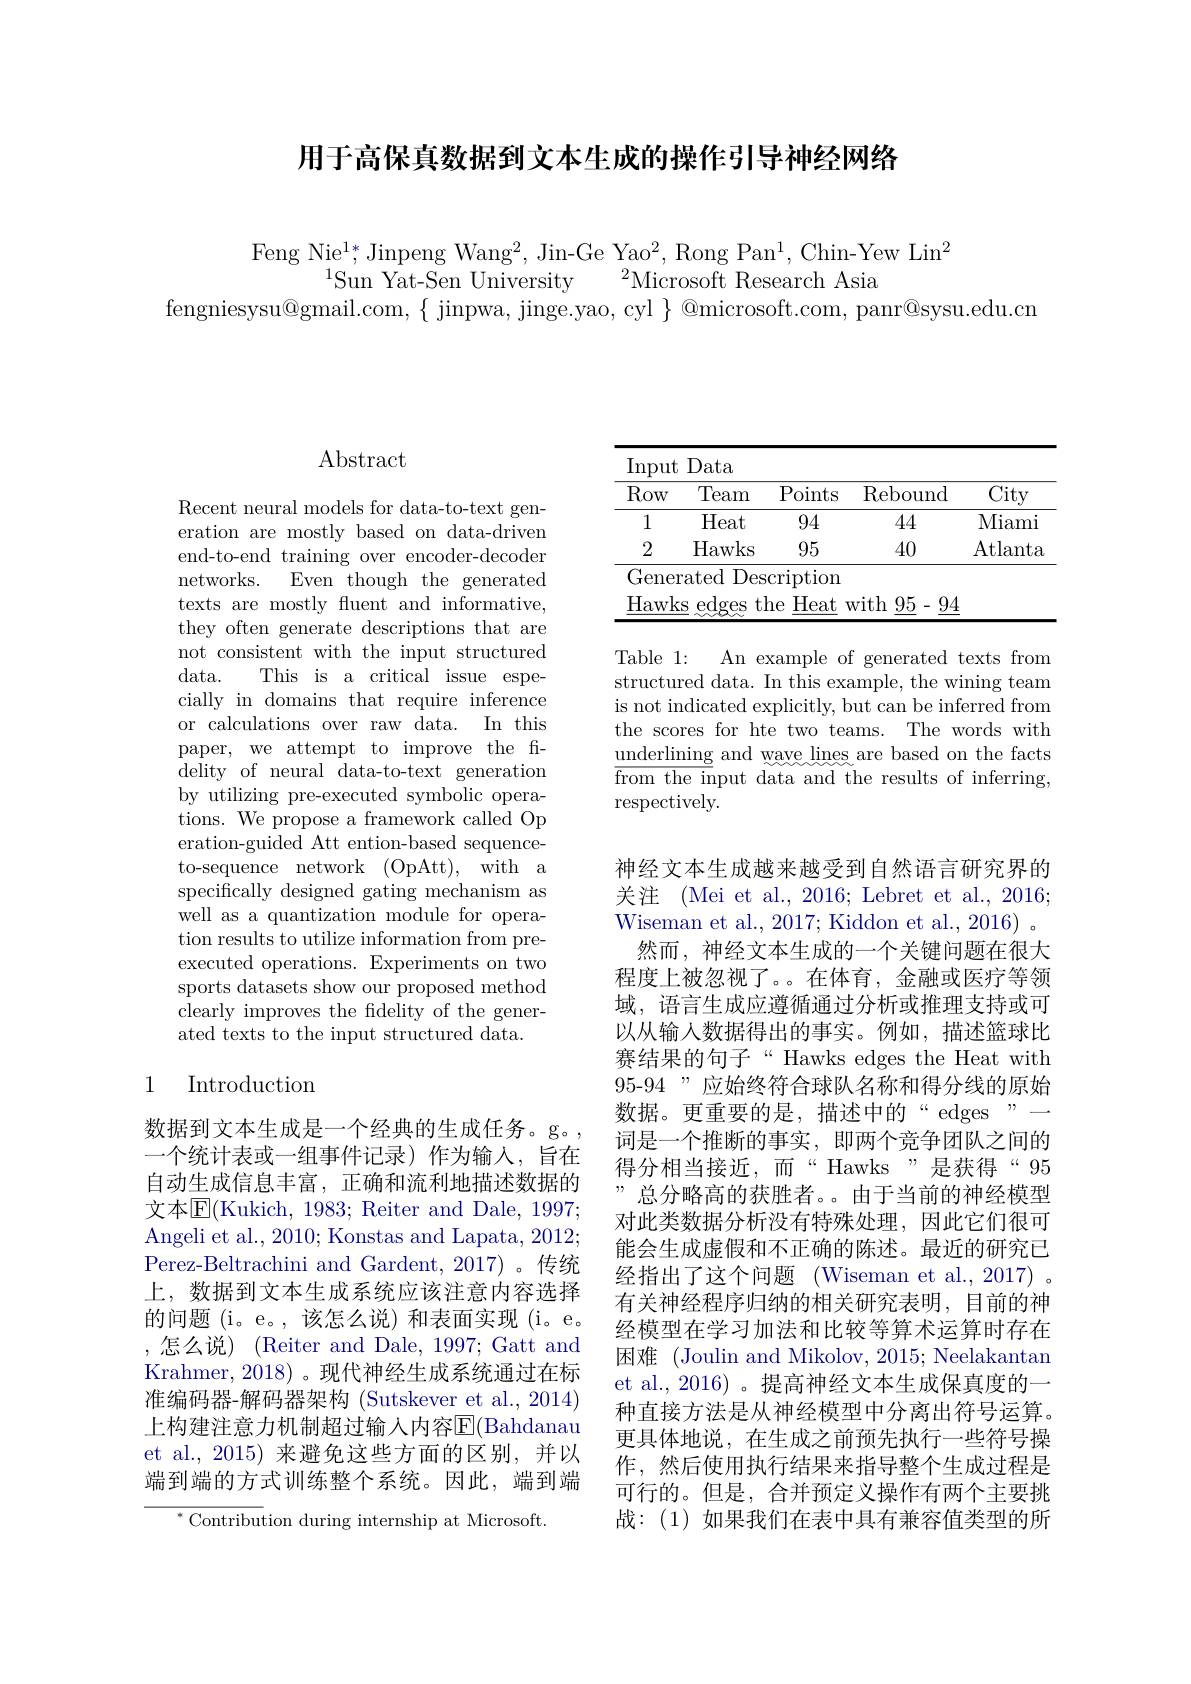
用于高保真数据到文本生成的操作引导神经网络

Feng Nie$^1*$,Jinpeng Wang$^2$,Jin-Ge Yao$^2$,Rong Pan$^1$,Chin-Yew Lin$^2$
$^{1}$Sun Yat-Sen University
$^{2}$Microsoft Research Asia
$fengniesysu@gmail.com,\{~jinpwa,~jinge.yao,~cyl~\}~@microsoft.com,~panr@sysu.edu.cn$

# Abstract

Recent neural models for data-to-text generation are mostly based on data-driven end-to-end training over encoder-decoder networks.
Even though the generated
texts are mostly fluent and informative, they often generate descriptions that are not consistent with the input structured $data.$
This is a critical issue espe-
cially in domains that require inference or calculations over raw data. In this paper, we attempt to improve the fidelity of neural data-to-text generation by utilizing pre-executed symbolic operations. We propose a framework called Op eration-guided Att ention-based sequenceto-sequence network (OpAtt), with a specifically designed gating mechanism as well as a quantization module for operation results to utilize information from preexecuted operations. Experiments on two sports datasets show our proposed method clearly improves the fidelity of the generated texts to the input structured data.

## 1 Introduction

数据到文本生成是一个经典的生成任务。g。一个统计表或一组事件记录)作为输入，旨在自动生成信息丰富，正确和流利地描述数据的文本$\overline{\mathrm{E}}($Kukich, 1983; Reiter and Dale, 1997; Angeli et al., 2010; Konstas and Lapata, 2012; Perez-Beltrachini and Gardent, 2017)。传统上，数据到文本生成系统应该注意内容选择的问题 (i。e。,该怎么说) 和表面实现 (i。e。,怎么说)(Reiter and Dale, 1997; Gatt and Krahmer,2018)。现代神经生成系统通过在标准编码器-解码器架构 (Sutskever et al.,2014) 上构建注意力机制超过输入内容$\overline{\mathrm{E}}($Bahdanau et al.,2015) 来避免这些方面的区别，并以端到端的方式训练整个系统。因此，端到端
${^*\text{Contribut}}$ion during internship at Microsoft.

<table>
	<tbody>
		<tr>
			<th>Row</th>
			<th>Team</th>
			<th>Points</th>
			<th>$\operatorname{Rebound}$</th>
			<th>$\overline{\mathrm{City}}$</th>
		</tr>
		<tr>
			<td>1</td>
			<td>Heat</td>
			<td>94</td>
			<td>44</td>
			<td>Miami</td>
		</tr>
		<tr>
			<td>2</td>
			<td>Hawks</td>
			<td>95</td>
			<td>40</td>
			<td>Atlanta</td>
		</tr>
		<tr>
			<td>Gener</td>
			<td>${\mathrm{ated~Des}}$</td>
			<td>cription</td>
			<td> </td>
			<td> </td>
		</tr>
		<tr>
			<td>Hawks</td>
			<td>edges tl S</td>
			<td>Heat 1e</td>
			<td>with 95- 94</td>
			<td> </td>
		</tr>
	</tbody>
</table>

Table 1: An example of generated texts from structured data. In this example, the wining team is not indicated explicitly, but can be inferred from the scores for hte two teams. The words with $\underline{\text{underlining}}$ and wave lines are based on the facts ${\overline{{\text{from the in}}}}$put data and the results of inferring, respectively.

神经文本生成越来越受到自然语言研究界的关注 (Mei et al., 2016; Lebret et al., 2016; Wiseman et al., 2017; Kiddon et al., 2016) 。
然而，神经文本生成的一个关键问题在很大程度上被忽视了。。在体育，金融或医疗等领域，语言生成应遵循通过分析或推理支持或可以从输入数据得出的事实。例如，描述篮球比赛结果的句子“Hawks edges the Heat with 95-94”应始终符合球队名称和得分线的原始数据。更重要的是，描述中的“edges”一词是一个推断的事实，即两个竞争团队之间的得分相当接近，而“Hawks”是获得“95 ”,总分略高的获胜者。。由于当前的神经模型对此类数据分析没有特殊处理，因此它们很可能会生成虚假和不正确的陈述。最近的研究已经指出了这个问题(Wiseman et al., 2017) 。有关神经程序归纳的相关研究表明，目前的神经模型在学习加法和比较等算术运算时存在困难 (Joulin and Mikolov, 2015; Neelakantan et al.,2016)。提高神经文本生成保真度的一种直接方法是从神经模型中分离出符号运算。更具体地说，在生成之前预先执行一些符号操作，然后使用执行结果来指导整个生成过程是可行的。但是，合并预定义操作有两个主要挑战：(1)如果我们在表中具有兼容值类型的所